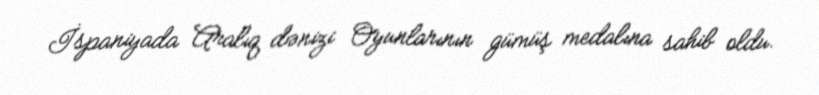
İspaniyada Aralıq dənizi Oyunlarının gümüş medalına sahib oldu.